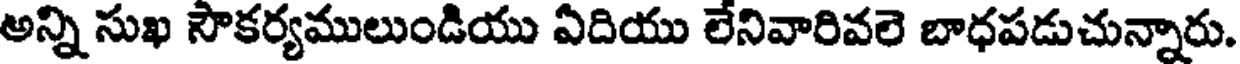
అన్ని సుఖ సౌకర్యములుండియు ఏదియు లేనివారివలె బాధపడుచున్నారు.